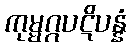
ကုမ္မဂ္ဂပဋိပန္နံ